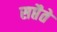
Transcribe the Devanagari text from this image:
सप्तैते